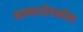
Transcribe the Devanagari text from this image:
आनन्दोपभोग